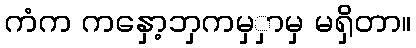
ကံက ကနှော့ဘှကမှှာမှ မရှိတာ။